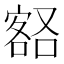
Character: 𡪞